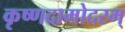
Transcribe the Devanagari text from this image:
कृष्णदामोदरम्